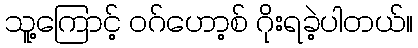
သူ့ကြောင့် ဝဂ်ဟော့စ် ဂိုးရခဲ့ပါတယ်။